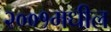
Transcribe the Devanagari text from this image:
२००१मधील